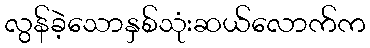
လွန်ခဲ့သောနှစ်သုံးဆယ်လောက်က